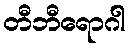
တီဘီရောဂါ